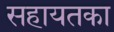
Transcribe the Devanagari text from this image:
सहायतका